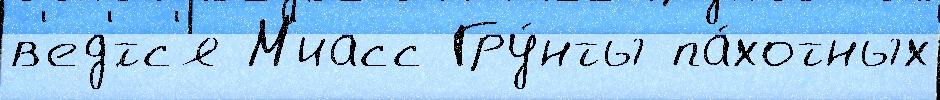
в'ед'́тс'я М'иасс Гру́нты па́хотных